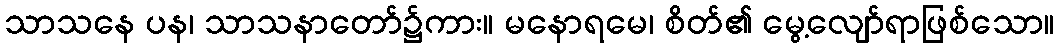
သာသနေ ပန၊ သာသနာတော်၌ကား။ မနောရမေ၊ စိတ်၏ မွေ့လျော်ရာဖြစ်သော။